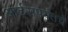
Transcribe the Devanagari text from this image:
आर्ट्‌सपर्यंतचे